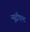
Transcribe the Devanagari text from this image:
न्यूट्रीएन्ट